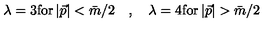
\lambda = 3 \mathrm { f o r } \left| \vec { p } \right| < \bar { m } / 2 \quad , \quad \lambda = 4 \mathrm { f o r } \left| \vec { p } \right| > \bar { m } / 2